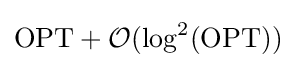
\mathrm {OPT} +{\mathcal {O}}(\log ^{2}(\mathrm {OPT} ))